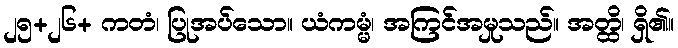
၂၅+၂၆+ ကတံ၊ ပြုအပ်သော။ ယံကမ္မံ၊ အကြင်အမှုသည်။ အတ္ထိ၊ ရှိ၏။